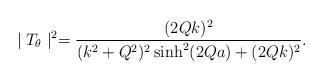
LaTeX: \begin{align*}\mid T_{\theta}\mid^{2}=\frac{(2Qk)^{2}}{(k^{2}+Q^{2})^{2}\sinh^{2}(2Qa)+(2Qk)^{2}} .\end{align*}